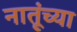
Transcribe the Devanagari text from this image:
नातूंच्या